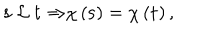
{ \bf s \ } { \cal L \ } { \bf t \Rightarrow } \chi \left( { \bf s } \right) = \chi \left( { \bf t } \right) ,